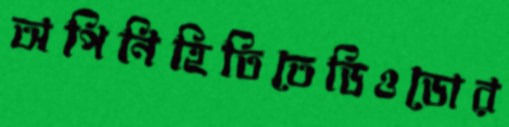
অপিনিহিতিতেডিওডোর